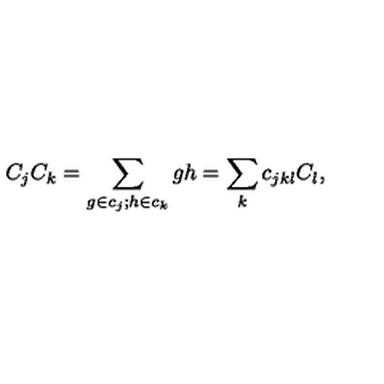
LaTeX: C _ { j } C _ { k } = \sum _ { g \in c _ { j } ; h \in c _ { k } } g h = \sum _ { k } c _ { j k l } C _ { l } ,